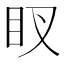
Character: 䀑